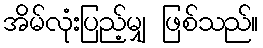
အိမ်လုံးပြည့်မျှ ဖြစ်သည်။